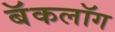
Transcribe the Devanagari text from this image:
बॅकलॉग